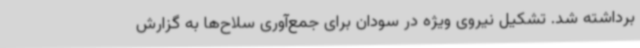
برداشته شد. تشکیل نیروی ویژه در سودان برای جمع‌آوری سلاح‌ها به گزارش